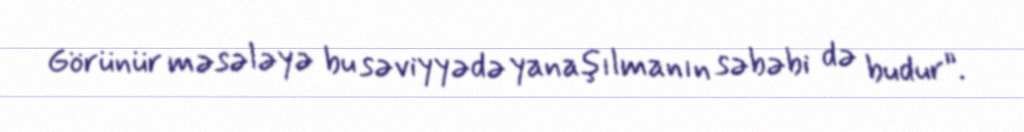
Görünür məsələyə bu səviyyədə yanaşılmanın səbəbi də budur”.